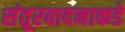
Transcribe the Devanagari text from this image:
संतूरवादनाकडे